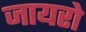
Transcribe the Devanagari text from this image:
जायरो